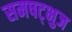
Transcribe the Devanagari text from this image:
समषट्भुज